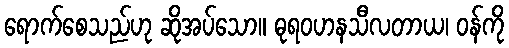
ရောက်စေသည်ဟု ဆိုအပ်သော။ ဓုရဝဟနသီလတာယ၊ ဝန်ကို